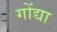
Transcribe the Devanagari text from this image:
गोंद्या